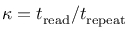
\kappa = t _ { \mathrm { r e a d } } / t _ { \mathrm { r e p e a t } }